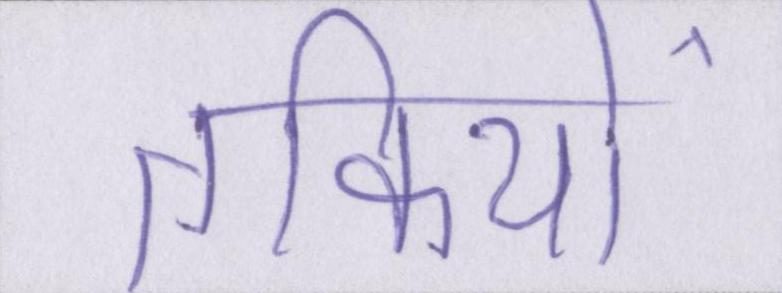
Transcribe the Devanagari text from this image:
तकियों